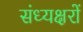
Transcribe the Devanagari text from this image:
संध्यक्षरों